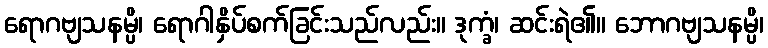
ရောဂဗျသနမ္ပိ၊ ရောဂါနှိပ်စက်ခြင်းသည်လည်း။ ဒုက္ခံ၊ ဆင်းရဲ၏။ ဘောဂဗျသနမ္ပိ၊